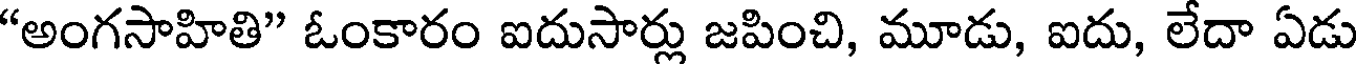
"అంగసాహితి" ఓంకారం ఐదుసార్లు జపించి, మూడు, ఐదు, లేదా ఏడు